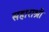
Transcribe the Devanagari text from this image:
सहाराश्री